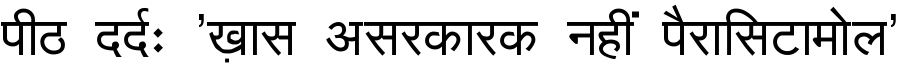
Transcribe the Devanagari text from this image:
पीठ दर्दः 'ख़ास असरकारक नहीं पैरासिटामोल'